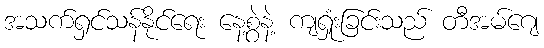
အသက်ရှင်သန်နိုင်ရေး နေ့စွဲနဲ့ ကျရှုံးခြင်းသည် တီအမ်ဂျေ